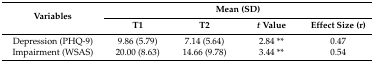
<table><thead><tr><td rowspan="2"><b>Variables</b></td><td colspan="4"><b>Mean (SD)</b></td></tr><tr><td><b>T1</b></td><td><b>T2</b></td><td><b><i>t</i> Value</b></td><td><b>Effect Size (r)</b></td></tr></thead><tbody><tr><td>Depression (PHQ-9)</td><td>9.86 (5.79)</td><td>7.14 (5.64)</td><td>2.84 **</td><td>0.47</td></tr><tr><td>Impairment (WSAS)</td><td>20.00 (8.63)</td><td>14.66 (9.78)</td><td>3.44 **</td><td>0.54</td></tr></tbody></table>